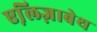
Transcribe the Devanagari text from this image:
एलि़ज़ाबेथ